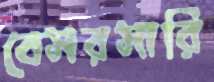
বেসরসারি